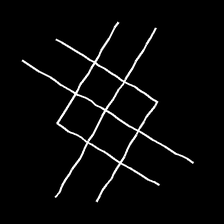
Glyph: crystal